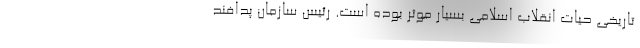
تاریخی حیات انقلاب اسلامی بسیار موثر بوده است. رئیس سازمان پدافند